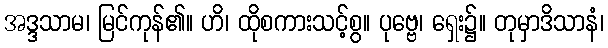
အဒ္ဒသာမ၊ မြင်ကုန်၏။ ဟိ၊ ထိုစကားသင့်စွ။ ပုဗ္ဗေ၊ ရှေး၌။ တုမှာဒိသာနံ၊